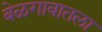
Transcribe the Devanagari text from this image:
बेळगावातला